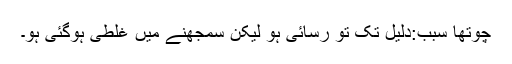
چوتھا سبب:دلیل تک تو رسائی ہو لیکن سمجھنے میں غلطی ہوگئی ہو۔